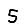
Digit: 5